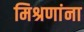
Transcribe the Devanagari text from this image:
मिश्रणांना